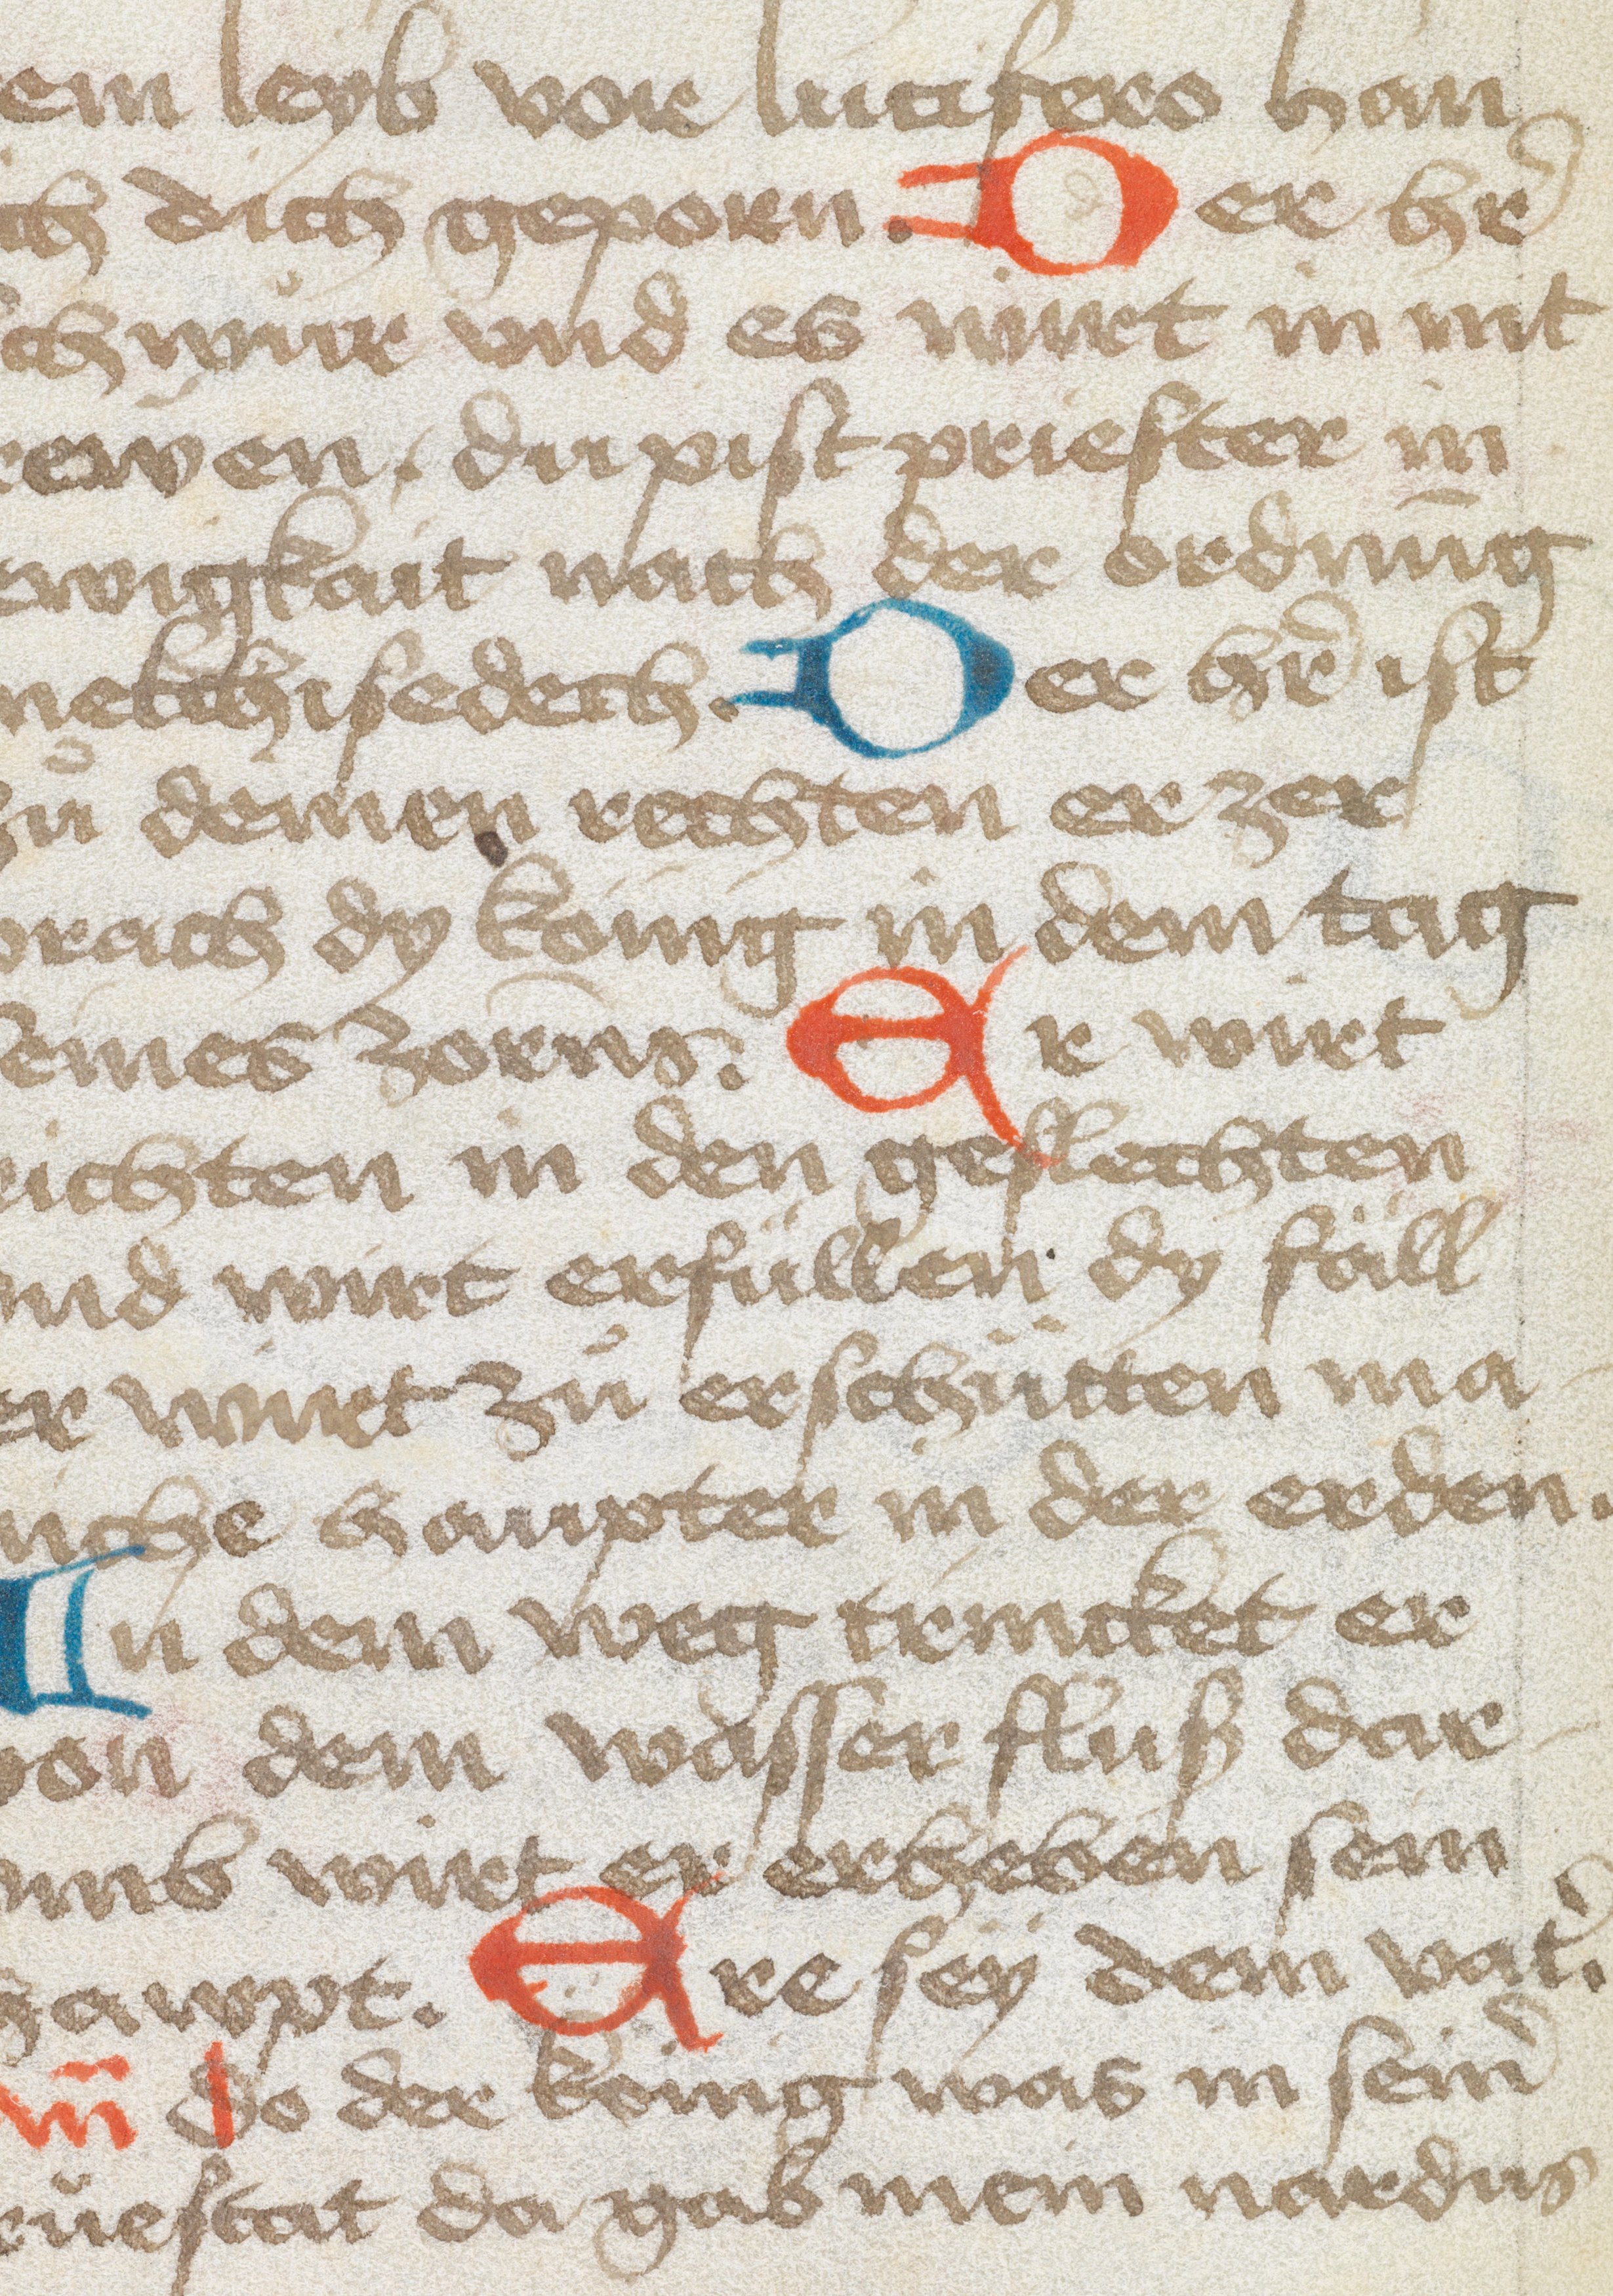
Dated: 1475–1524